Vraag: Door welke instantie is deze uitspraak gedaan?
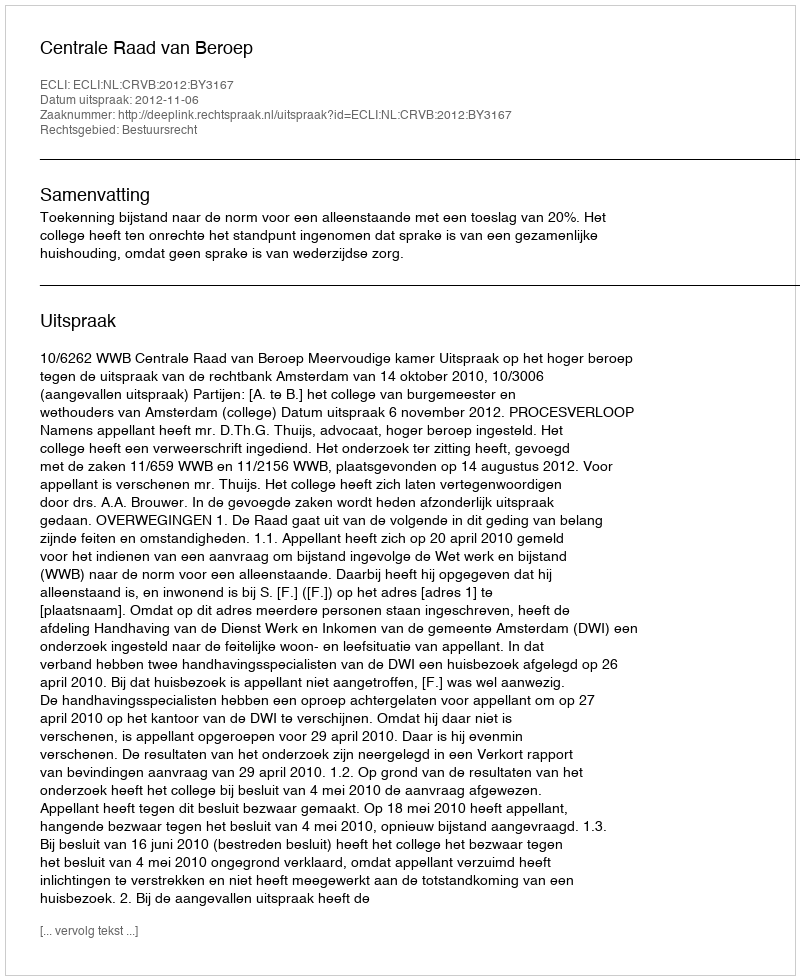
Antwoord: Centrale Raad van Beroep